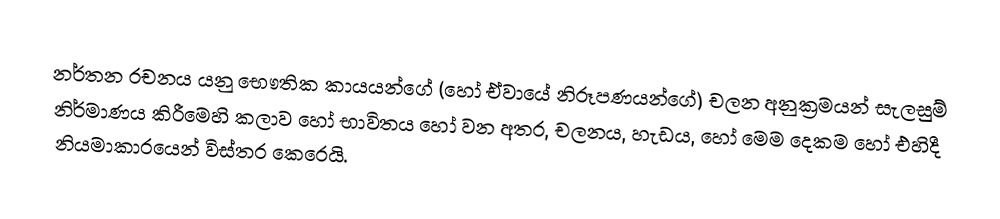
නර්තන රචනය යනු භෞතික කායයන්ගේ (හෝ ඒවායේ නිරූපණයන්ගේ) චලන  අනුක්‍රමයන් සැලසුම් නිර්මාණය කිරීමෙහි කලාව හෝ භාවිතය හෝ වන අතර, චලනය, හැඩය, හෝ මෙම දෙකම හෝ එහිදී  නියමාකාරයෙන් විස්තර කෙරෙයි.